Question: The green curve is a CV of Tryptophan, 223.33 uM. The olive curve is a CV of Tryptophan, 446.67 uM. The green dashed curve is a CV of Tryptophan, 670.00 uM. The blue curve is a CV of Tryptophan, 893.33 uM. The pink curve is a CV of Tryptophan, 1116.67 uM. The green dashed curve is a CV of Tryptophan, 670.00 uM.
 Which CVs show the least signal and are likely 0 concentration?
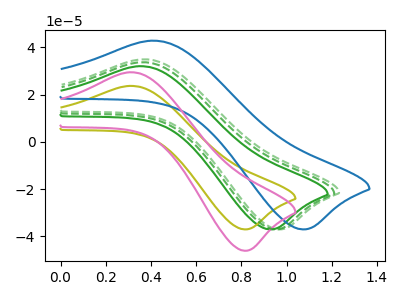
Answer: <think>The green curve "Tryptophan, 223.33 uM" has an anodic peak at (0.35V, 32.00uA) and a cathodic peak at (0.90V, -37.05uA). The olive curve "Tryptophan, 446.67 uM" has an anodic peak at (0.30V, 23.65uA) and a cathodic peak at (0.80V, -37.05uA). The green dashed curve "Tryptophan, 670.00 uM" has an anodic peak at (0.35V, 34.90uA) and a cathodic peak at (0.95V, -37.05uA). The blue curve "Tryptophan, 893.33 uM" has an anodic peak at (0.40V, 42.75uA) and a cathodic peak at (1.05V, -37.05uA). The pink curve "Tryptophan, 1116.67 uM" has an anodic peak at (0.30V, 29.40uA) and a cathodic peak at (0.80V, -46.10uA). The green dashed curve "Tryptophan, 670.00 uM" has an anodic peak at (0.35V, 33.65uA) and a cathodic peak at (0.95V, -37.05uA).</think>
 <answer>There are not any CV's on this graph that are likely to be blanks.</answer>
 <eval>none</eval>